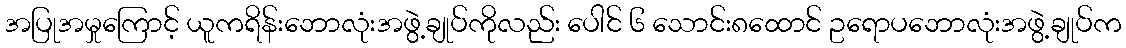
အပြုအမှုကြောင့် ယူကရိန်းဘောလုံးအဖွဲ့ချုပ်ကိုလည်း ပေါင် ၆ သောင်း၈ထောင် ဥရောပဘောလုံးအဖွဲ့ချုပ်က